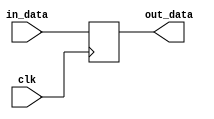

module clk_delay #(
    parameter WIDTH = 8
)
(
    input  wire clk,
    input  wire [WIDTH-1:0] in_data,
    output reg [WIDTH-1:0] out_data
);
    always @ (posedge clk) begin
        out_data <= in_data;
    end
endmodule